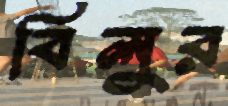
বিলুর